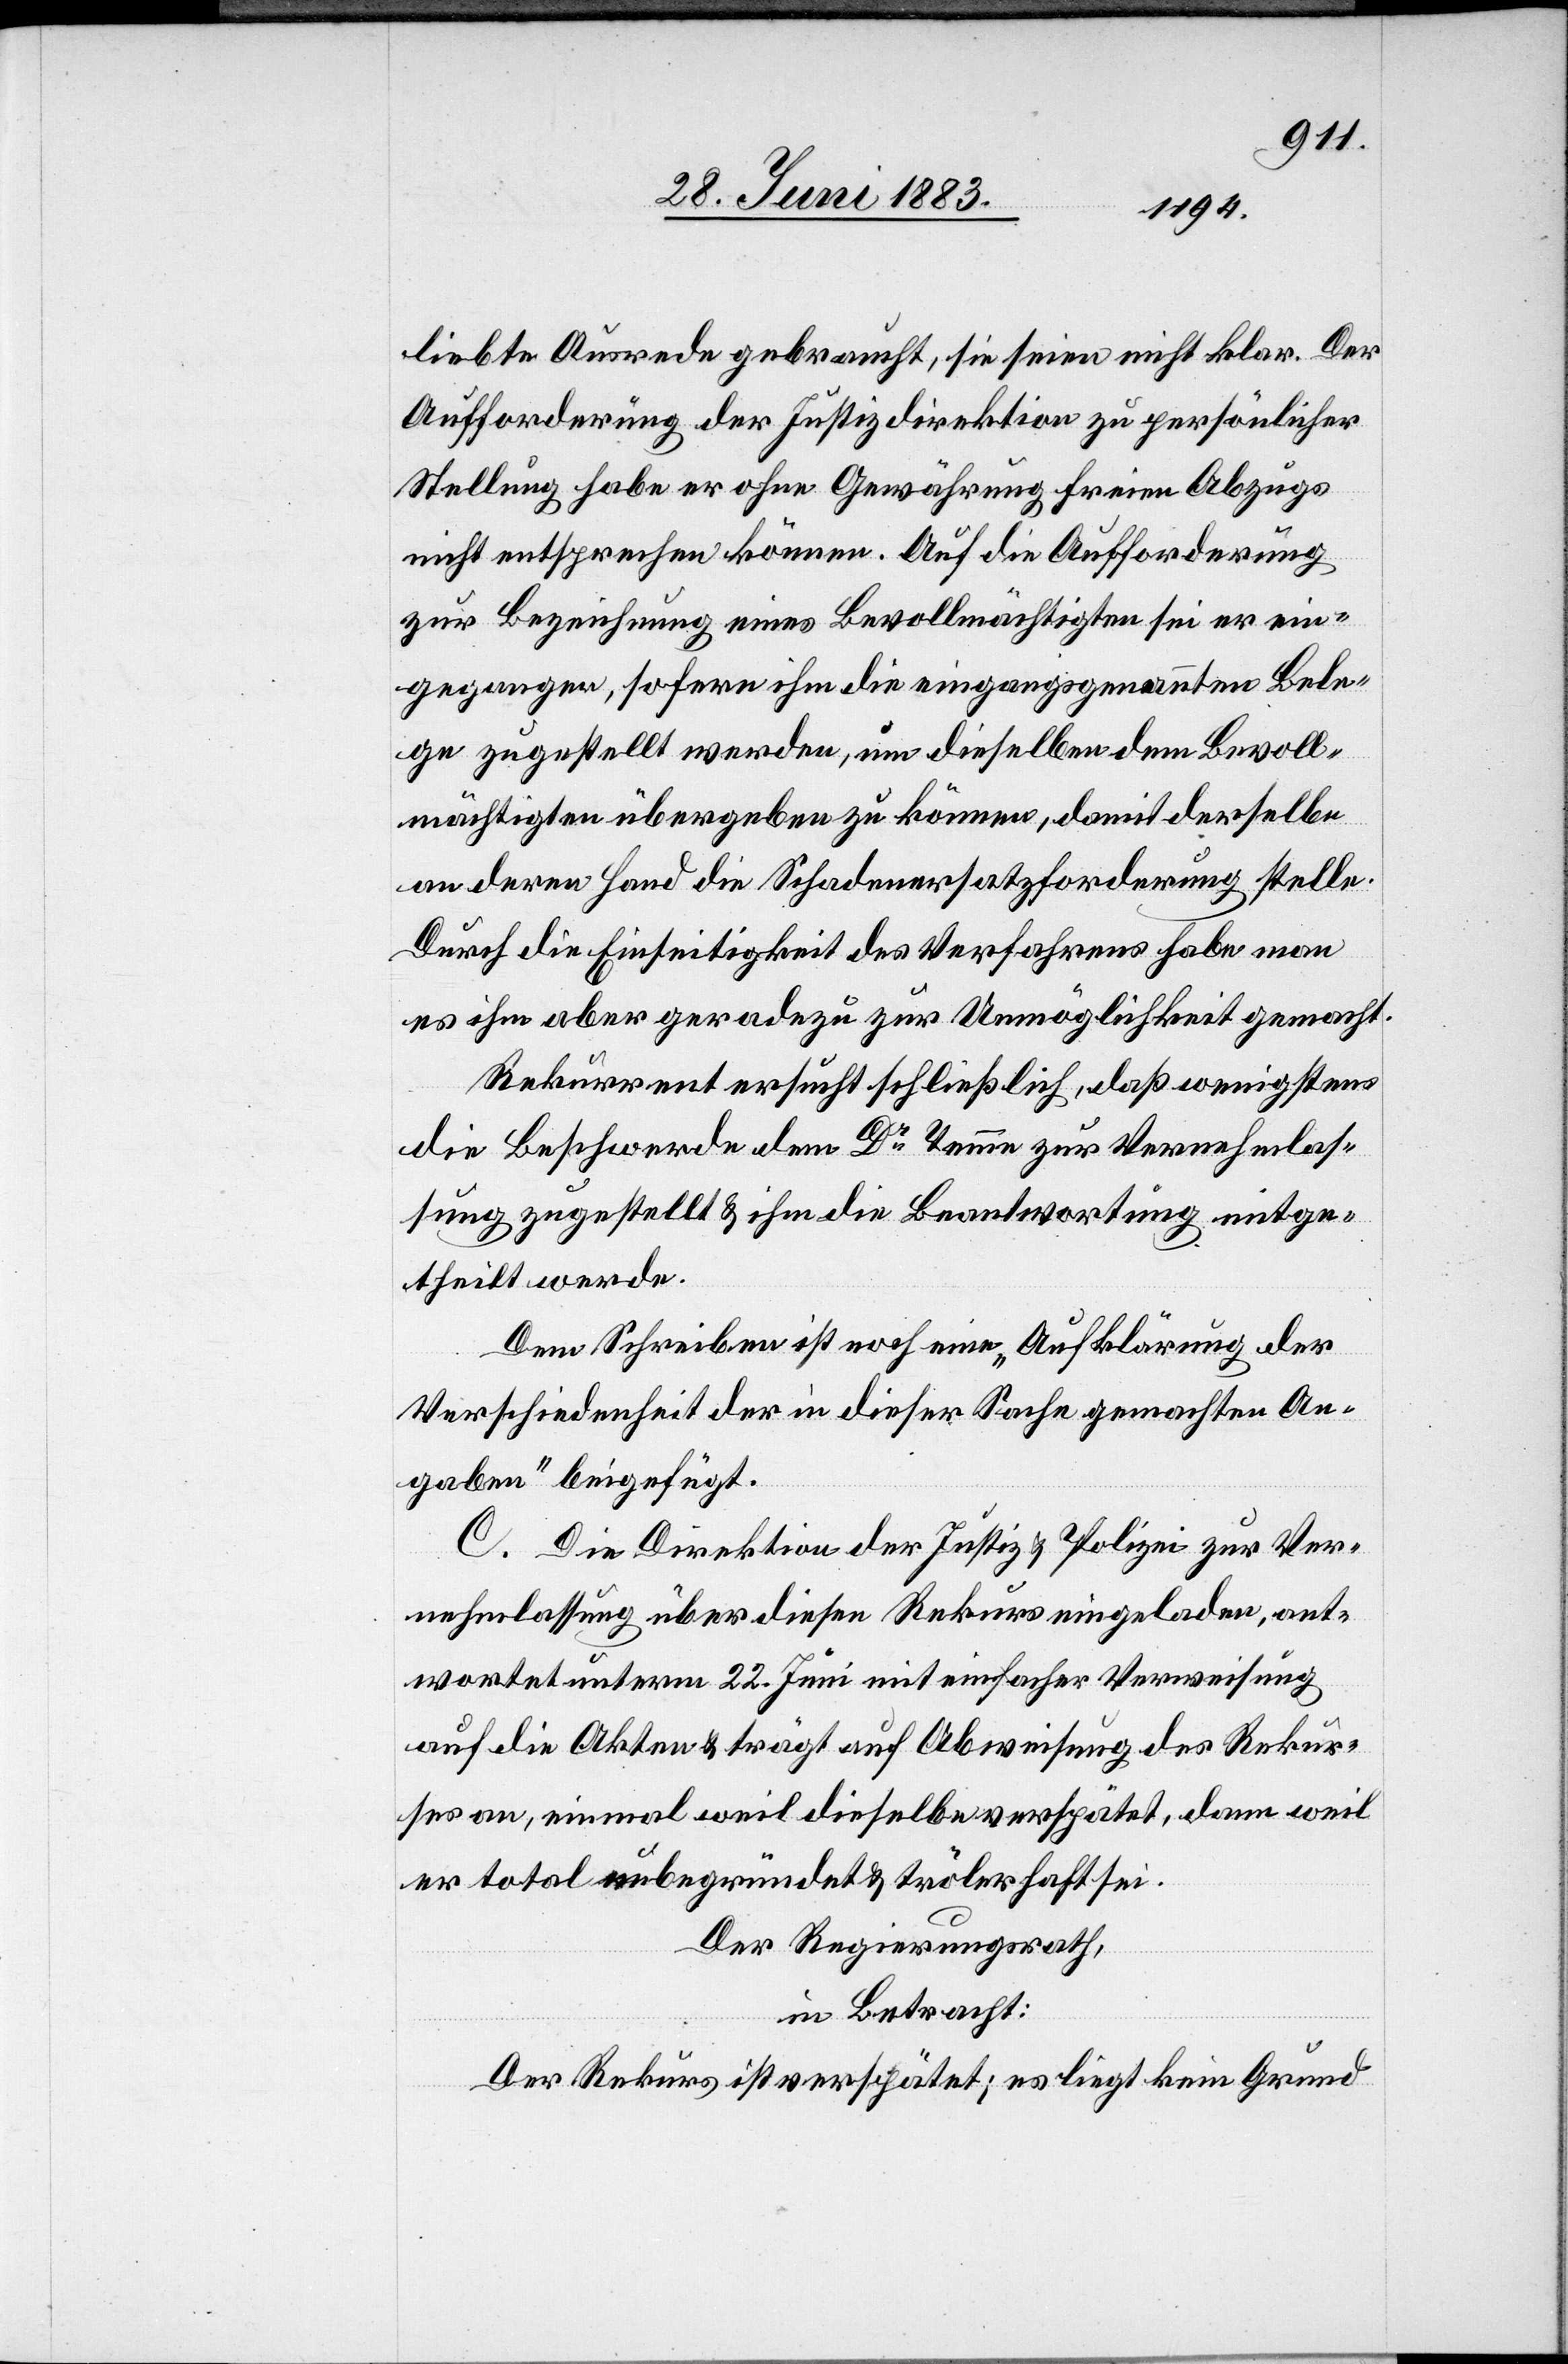
liebte Ausrede gebraucht, sie seien nicht klar. Der
Aufforderung der Justizdirektion zu persönlicher
Stellung habe er ohne Gewährung freien Abzugs
nicht entsprechen können. Auf die Aufforderung
zur Beziehung eines Bevollmächtigten sei er ein¬
gegangen, sofern ihm die eingangsgenannten Bele¬
ge zugestellt werden, um dieselben dem Bevoll¬
mächtigten übergeben zu können, damit derselbe
an deren Hand die Schadenersatzforderung stelle.
Durch die Einseitigkeit des Verfahrens habe man
es ihm aber geradezu zur Unmöglichkeit gemacht.
Rekurrent ersucht schließlich, daß wenigstens
die Beschwerde dem Dr Temme zur Vernehmlas¬
sung zugestellt & ihm die Beantwortung mitge¬
theilt werde.
Dem Schreiben ist noch eine „Aufklärung der
Verschiedenheit der in dieser Sache gemachten An¬
gaben“ beifügt.
C. Die Direktion der Justiz & Polizei zur Ver¬
nehmlassung über diesen Rekurs eingeladen, ant¬
wortet unterm 22. Juni mit einfacher Verweisung
auf die Akten & trägt auf Abweisung des Rekur¬
ses an, einmal weil dieselbe verspätet, dann weil
er total unbegründet & trölerhaft sei.
Der Regierungsrath,
in Betracht:
Der Rekurs ist verspätet; es liegt kein Grund